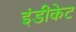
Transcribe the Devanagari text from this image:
इंडीकेट